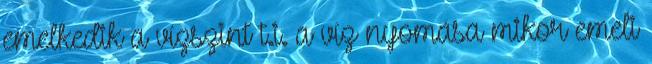
emelkedik a vízszint t.i. a víz nyomása mikor emeli